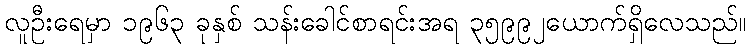
လူဦးရေမှာ ၁၉၆၃ ခုနှစ် သန်းခေါင်စာရင်းအရ ၃၅၉၉၂ယောက်ရှိလေသည်။